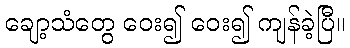
ချော့သံတွေ ဝေး၍ ဝေး၍ ကျန်ခဲ့ပြီ။